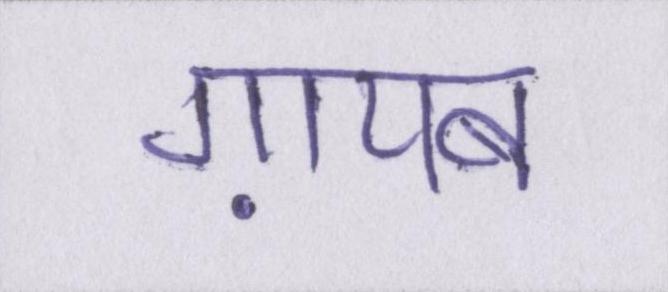
ग़ायब